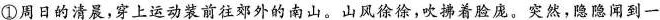
①周日的清晨，穿上运动装前往郊外的南山。山风徐徐，吹拂着脸庞。突然，隐隐闻到一